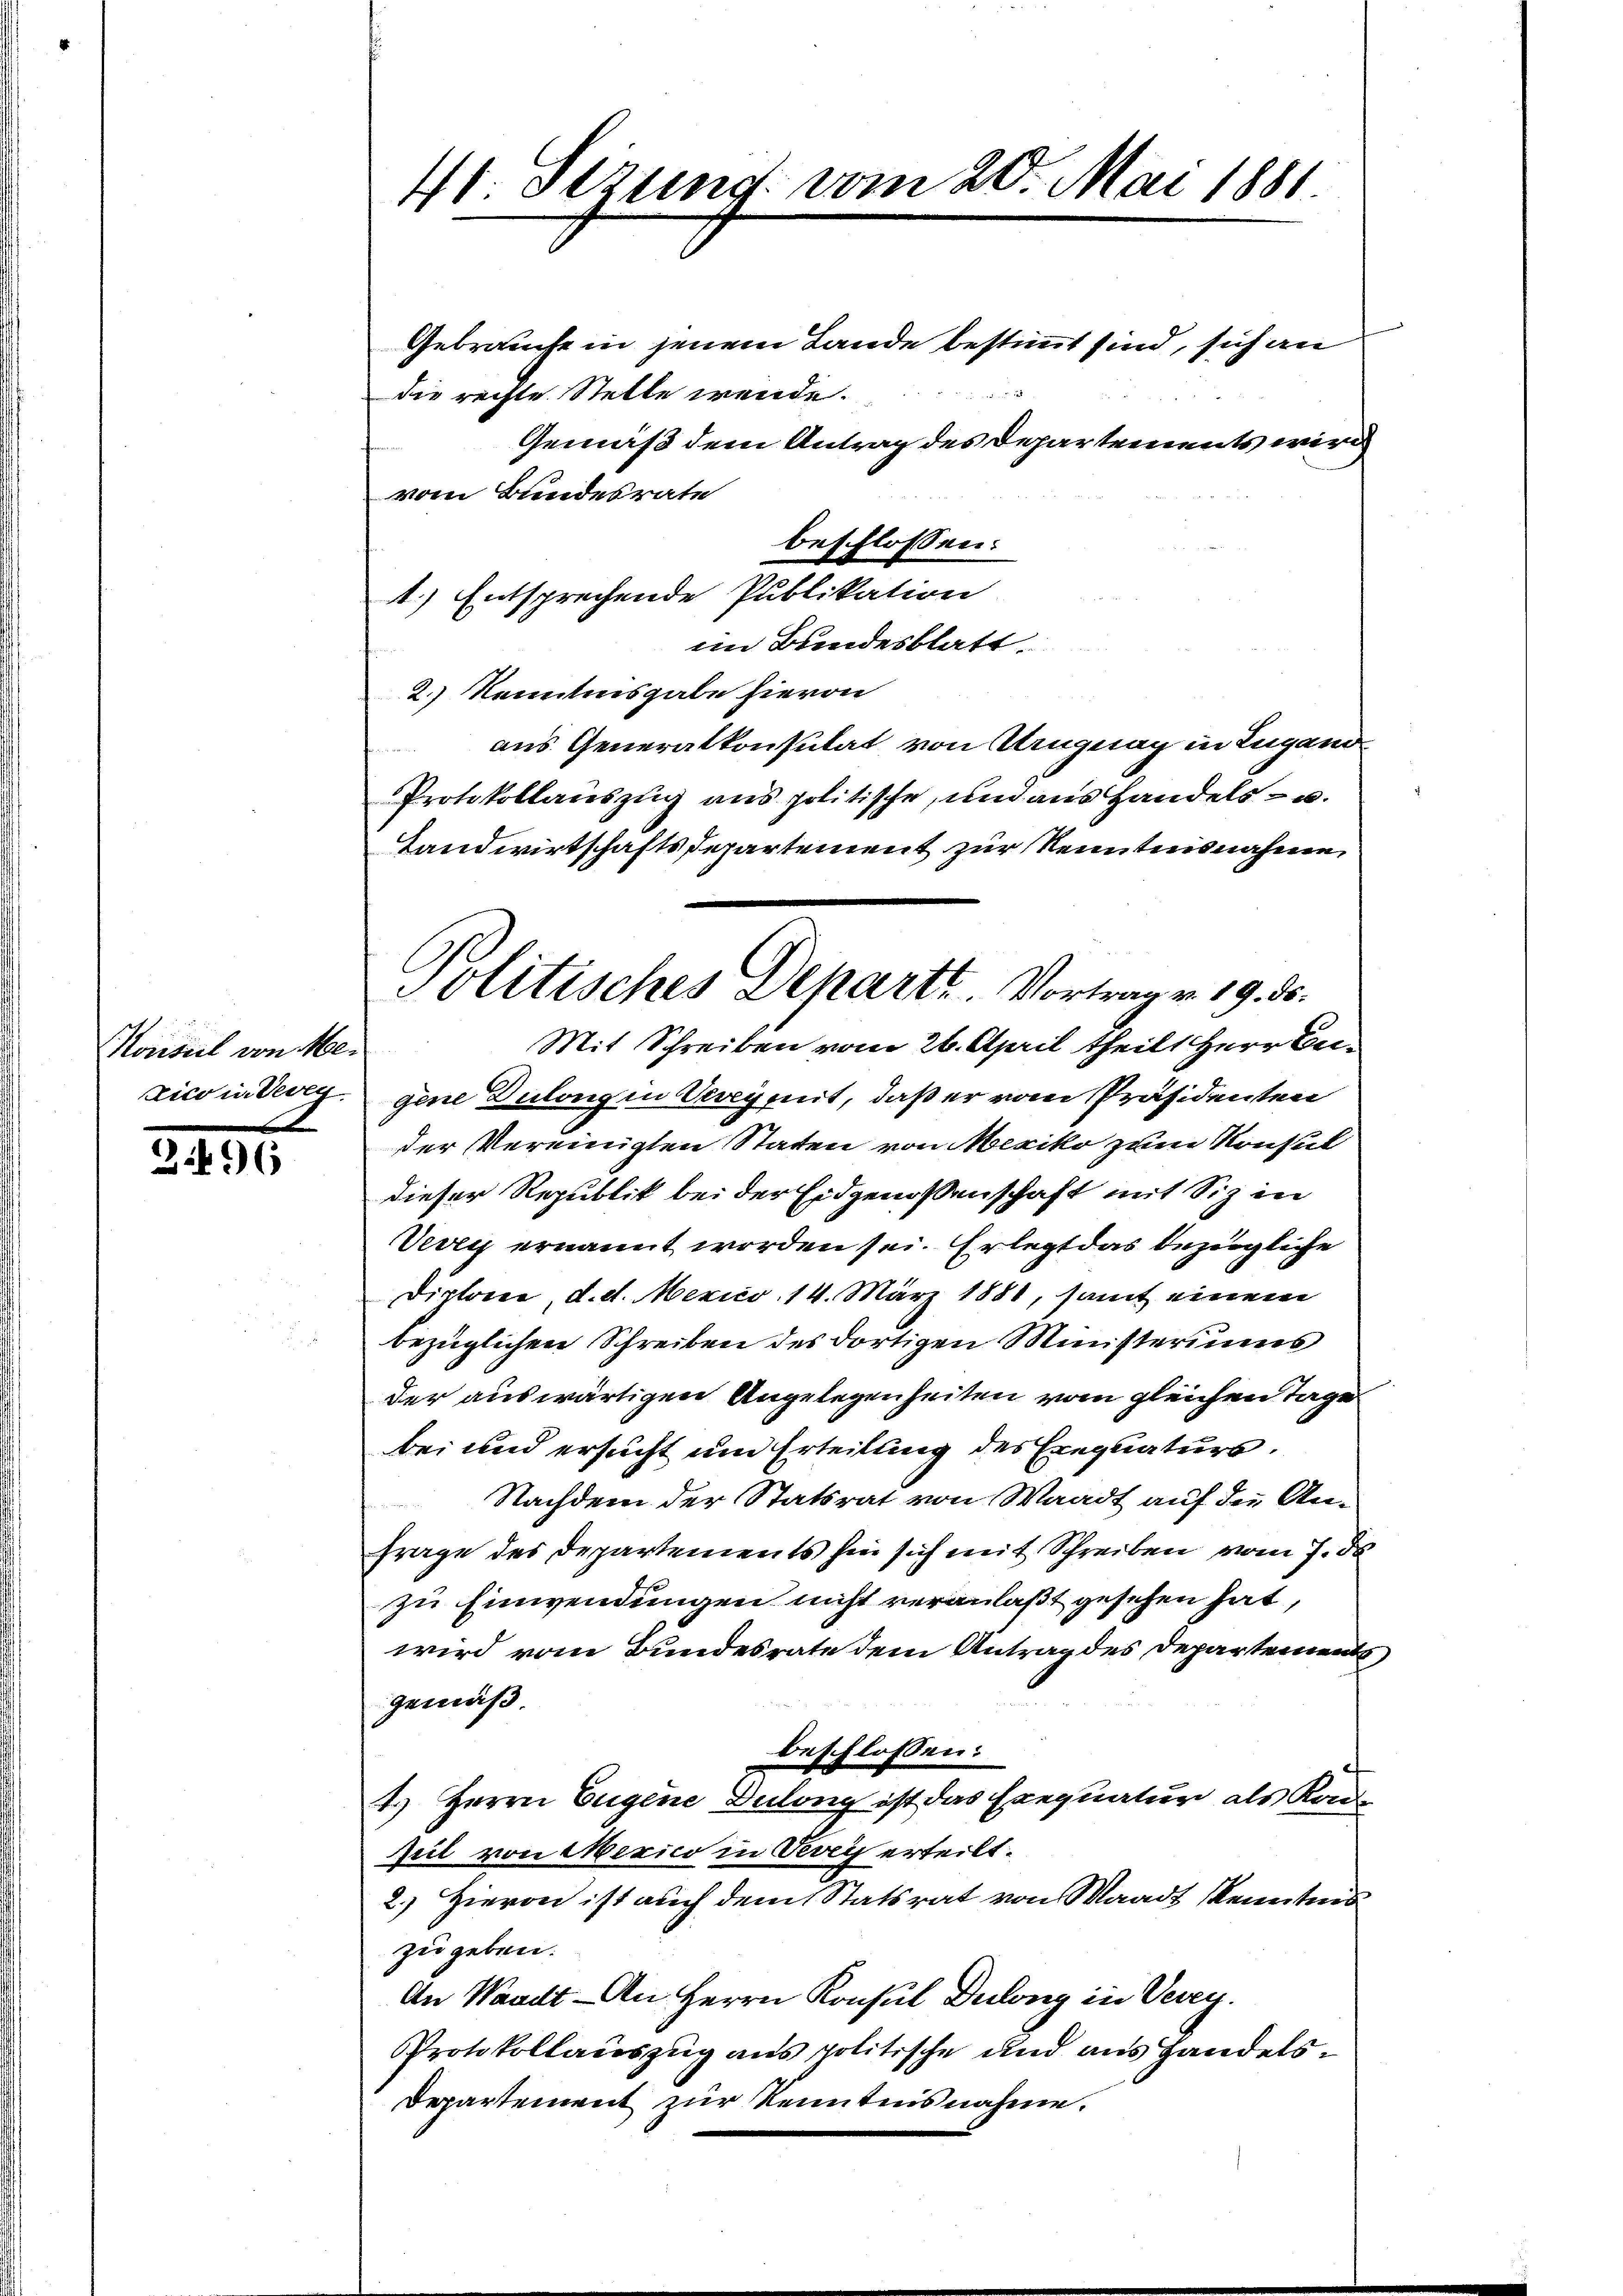
Konseil von Me¬
Zico in dereg

3.496

41: etzung vom 20. Mai 1881.
Gebrauche in jenem Lande bestimmt sind, sich an
s
die rechte Stelle wende.

Gemäß dem Antrag des Departements wird
vom Bundesrate
beschlossen:
1.) Entsprechende Publikation
im Bundesblatt.
2.) Kenntnisgabe hievon
aus Generalkonsulat, von Uruguay in Lugano
1 Mona
Protokollauszug aus politische, und aus Handels- u.
Landwirtschaftsdepartement zur Kenntnisnahme
Mit Schreiben vom 26. April theilt Herr Angene Dulang in Verei mit, daß er vom Präsidenten
der Vereinigten Staten von Mexiko zum Konsul
dieser Republik bei der Eidgenossenschaft mit Siz in
Very ernannt worden sei. Erlegt das bezügliche
Dictore d. d. Mexico 14. März 1881, samt einem
bezüglichen Schreiben des dortigen Ministeriums
der auswärtigen Angelegenheiten vom gleichen Tage
bei und ersucht um Erteilung des Ernquaturs.
Nachdem der Statsrat von Waadt auf den An¬
Frage des Departements sie sich mit Schreiben vom 7. de
zu Einwendungen nicht veranlaßt gesehen hat,
wird vom Bundesrate dem Antrag des Departements
gemäß
beschlossen:
1.) Herrn Eugene Dulong ist das Exequatur als Kan¬
Zeit von Mexico in Vevey erteilt.
2.) Hievon ist auch dem Statsrat von Waadt Kenntnis
zu geben.
An Waadt - An Herrn Konsul Dulong in Vevey.
Protokollauszug aus politische und aus Handels¬
Departement zur Kenntnisnahme.

Politisches Departe. Vortrag v. 19. ds.